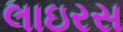
લાઇરસ